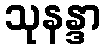
သုနန္ဒာ